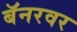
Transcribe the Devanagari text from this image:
बॅनरवर